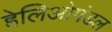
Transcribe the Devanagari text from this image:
हेलिओमंडल